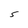
Character: S